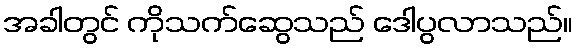
အခါတွင် ကိုသက်ဆွေသည် ဒေါပွလာသည်။